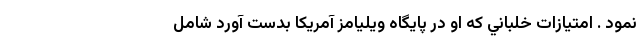
نمود . امتيازات خلباني كه او در پايگاه ويليامز آمريكا بدست آورد شامل